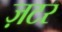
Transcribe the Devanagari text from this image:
ज़टर